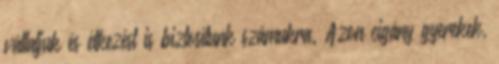
vállaljuk és étkezést is biztosítunk számukra. Azon cigány gyerekek,